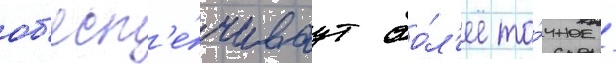
об'есп'е́чиваут бо́л'ее то́чное /